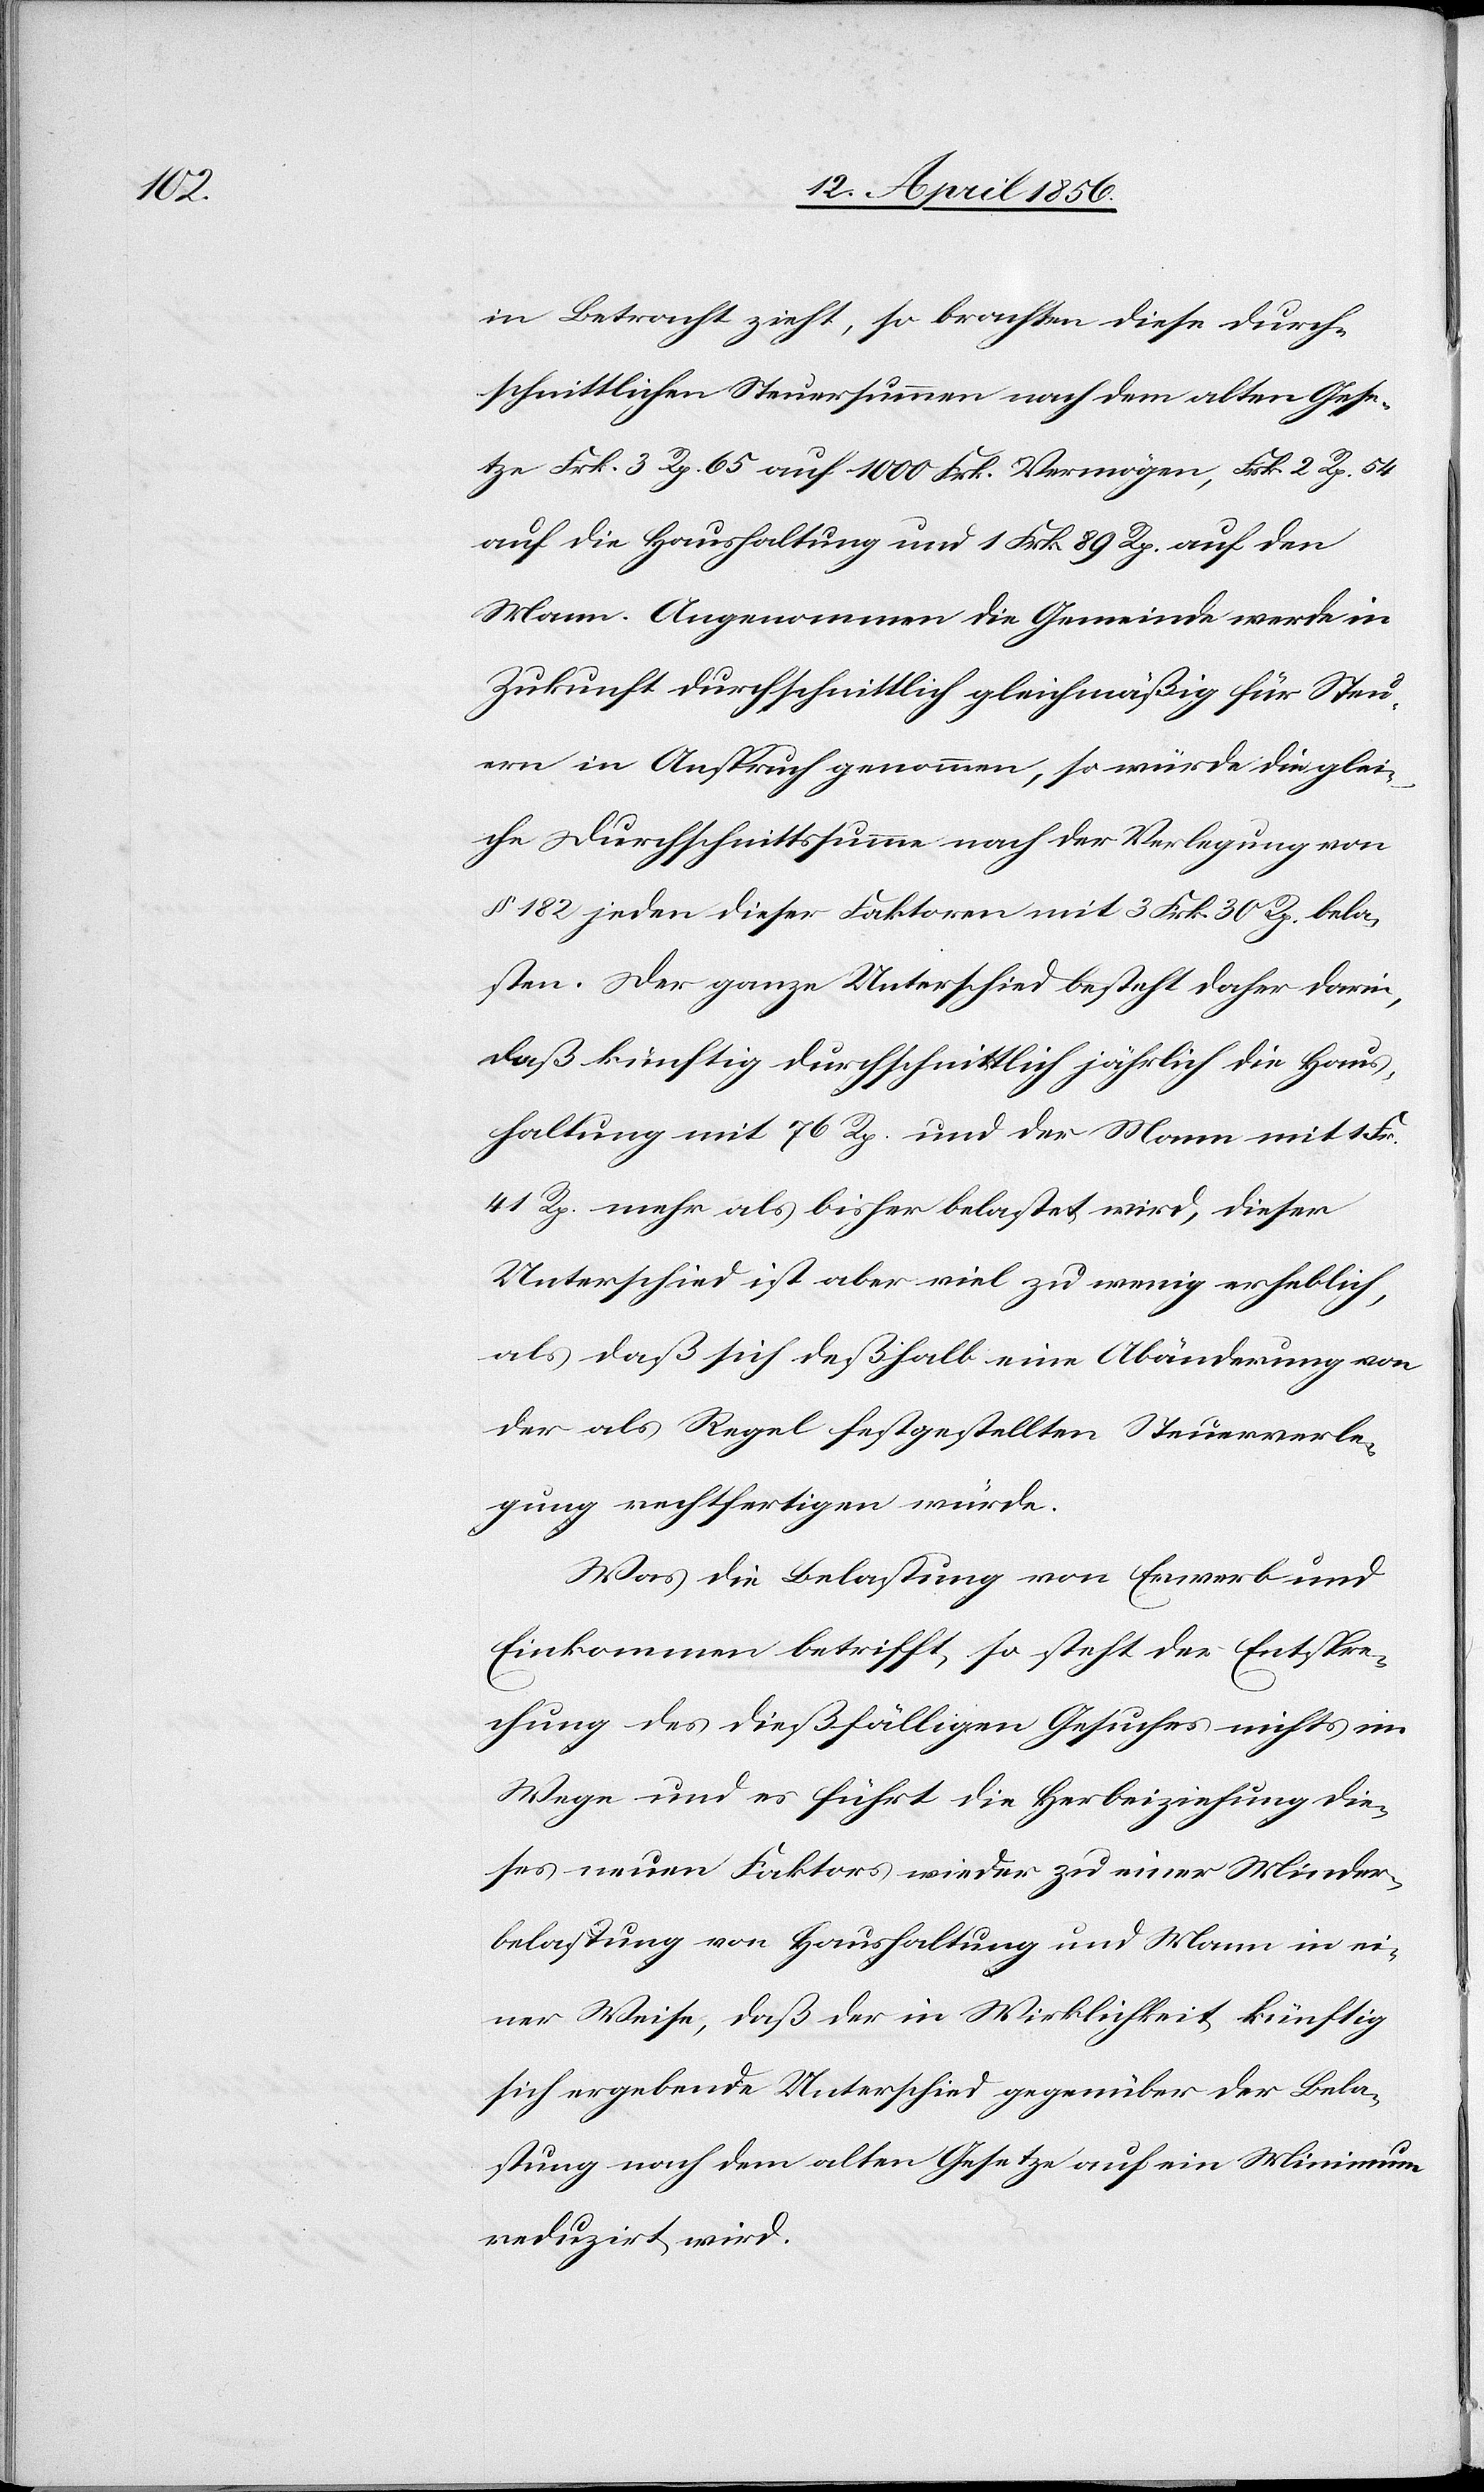
in Betracht zieht, so brachten diese durch¬
schnittlichen Steuersummen nach dem alten Gese¬
tze Frk. 3 Rp. 65 auf 1000 Frk. Vermögen, Frk. 2 Rp. 54
auf die Haushaltung und 1 Frk. 89 Rp. auf den
Mann. Angenommen die Gemeinde werde in
Zukunft durchschnittlich gleichmäßig für Steu¬
ern in Anspruch genommen, so würde die glei¬
che Durchschnittssumme nach der Verlegung von
§ 182 jeden dieser Faktoren mit 3 Frk. 30 Rp. bela¬
sten. Der ganze Unterschied besteht daher darin,
daß künftig durchschnittlich jährlich die Haus¬
haltung mit 76 Rp. und der Mann mit 1 Fr.
41 Rp. mehr als bisher belastet wird, dieser
Unterschied ist aber viel zu wenig erheblich,
als daß sich deßhalb eine Abänderung von
der als Regel festgestellten Steuerverle¬
gung rechtfertigen würde.
Was die Belastung von Erwerb und
Einkommen betrifft, so steht der Entspre¬
chung des dießfälligen Gesuches nichts im
Wege und es führt die Herbeiziehung die¬
ses neuen Faktors wieder zu einer Minder¬
belastung von Haushaltung und Mann in ei¬
ner Weise, daß der in Wirklichkeit künftig
sich ergebende Unterschied gegenüber der Bela¬
stung nach dem alten Gesetze auf ein Minimum
reduzirt wird.